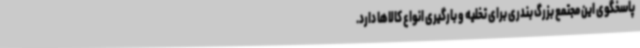
پاسخگوی این مجتمع بزرگ بندری برای تخلیه و بارگیری انواع کالاها دارد.